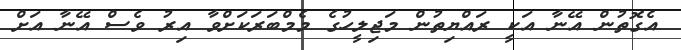
އެގޮތުން އޭނާ އަކީ ރައްޔިތުން މަޖިލީހުގެ މެމްބަރަކަށްވާ އިރު ވެސް އޭނާ އަށް